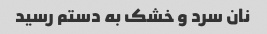
نان سرد و خشک به دستم رسید